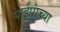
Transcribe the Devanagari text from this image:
पाईपांच्या